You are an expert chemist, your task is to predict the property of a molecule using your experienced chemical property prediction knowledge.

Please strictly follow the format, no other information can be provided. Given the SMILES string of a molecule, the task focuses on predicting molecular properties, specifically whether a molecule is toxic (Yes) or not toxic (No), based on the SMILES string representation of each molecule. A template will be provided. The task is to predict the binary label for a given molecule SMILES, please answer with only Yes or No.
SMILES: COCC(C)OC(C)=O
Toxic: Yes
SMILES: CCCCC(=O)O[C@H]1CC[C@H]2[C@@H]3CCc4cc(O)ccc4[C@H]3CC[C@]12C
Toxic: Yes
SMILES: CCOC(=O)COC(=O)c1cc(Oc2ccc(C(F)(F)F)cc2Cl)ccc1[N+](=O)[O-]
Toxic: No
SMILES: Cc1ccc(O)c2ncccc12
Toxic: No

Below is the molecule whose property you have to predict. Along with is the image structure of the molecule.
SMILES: COc1cccc([C@@]2(O)CCCC[C@@H]2CN(C)C)c1
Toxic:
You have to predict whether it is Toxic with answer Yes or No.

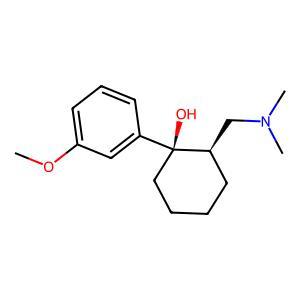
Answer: No